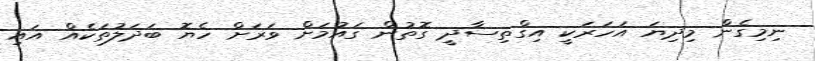
ނިމިގެން މިދިޔަ އަހަރަކީ އިގްތިސާދީ ގޮތުން ގައުމަށް ވަރަށް ހެޔޮ ބަދަލުތަކެއް އައި